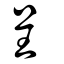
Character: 呈